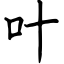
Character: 叶